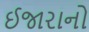
ઈજારાનો